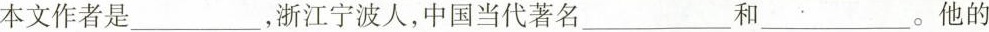
本文作者是___，浙江宁波人，中国当代著名___和___。他的